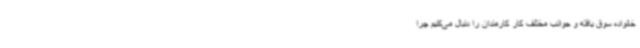
خانواده سوق یافته و جوانب مختلف کار کارمندان را دنبال می‌کنیم چرا